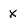
Character: x